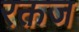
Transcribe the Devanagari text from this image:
रक्तज